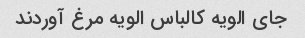
جای الویه کالباس الویه مرغ آوردند